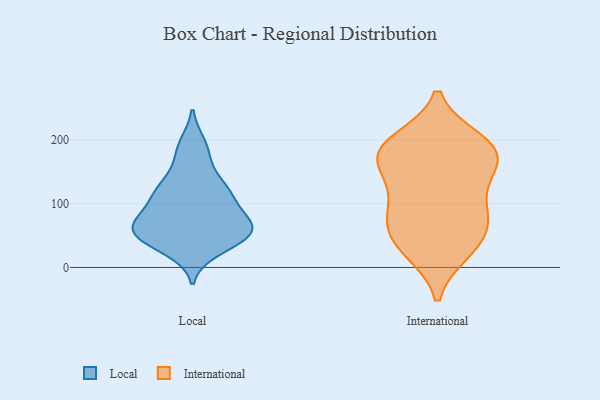
{"axis": {"x": "Backlog", "y": "Value"}, "legend": ["International", "Local"], "data": [{"x": "", "y": 75, "type": "Local"}, {"x": "", "y": 124, "type": "Local"}, {"x": "", "y": 56, "type": "Local"}, {"x": "", "y": 60, "type": "Local"}, {"x": "", "y": 185, "type": "Local"}, {"x": "", "y": 37, "type": "Local"}, {"x": "", "y": 159, "type": "Local"}, {"x": "", "y": 28, "type": "Local"}, {"x": "", "y": 64, "type": "Local"}, {"x": "", "y": 59, "type": "Local"}, {"x": "", "y": 87, "type": "Local"}, {"x": "", "y": 117, "type": "Local"}, {"x": "", "y": 193, "type": "Local"}, {"x": "", "y": 113, "type": "Local"}, {"x": "", "y": 118, "type": "Local"}, {"x": "", "y": 67, "type": "Local"}, {"x": "", "y": 46, "type": "Local"}, {"x": "", "y": 44, "type": "Local"}, {"x": "", "y": 67, "type": "Local"}, {"x": "", "y": 121, "type": "Local"}, {"x": "", "y": 181, "type": "International"}, {"x": "", "y": 91, "type": "International"}, {"x": "", "y": 84, "type": "International"}, {"x": "", "y": 26, "type": "International"}, {"x": "", "y": 198, "type": "International"}, {"x": "", "y": 83, "type": "International"}, {"x": "", "y": 158, "type": "International"}, {"x": "", "y": 186, "type": "International"}, {"x": "", "y": 133, "type": "International"}, {"x": "", "y": 42, "type": "International"}, {"x": "", "y": 154, "type": "International"}, {"x": "", "y": 29, "type": "International"}, {"x": "", "y": 192, "type": "International"}, {"x": "", "y": 65, "type": "International"}, {"x": "", "y": 181, "type": "International"}]}